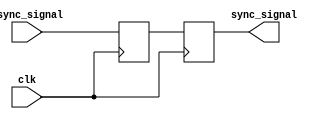
module dual_ff_synchronizer (
    input wire clk,               // System clock
    input wire async_signal,      // Asynchronous input signal
    output reg sync_signal        // Synchronized output signal
);

// Intermediate signal between the two flip-flops
reg ff1_out;

// First Flip-Flop (FF1)
always @(posedge clk) begin
    ff1_out <= async_signal;     // Capture async_signal on clock edge
end

// Second Flip-Flop (FF2)
always @(posedge clk) begin
    sync_signal <= ff1_out;      // Capture output of FF1 on next clock edge
end

endmodule